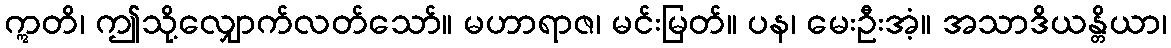
ဣတိ၊ ဤသို့လျှောက်လတ်သော်။ မဟာရာဇ၊ မင်းမြတ်။ ပန၊ မေးဦးအံ့။ အသာဒိယန္တိယာ၊